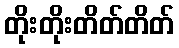
တိုးတိုးတိတ်တိတ်